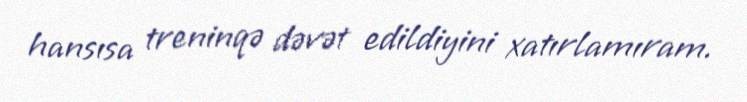
hansısa treninqə dəvət edildiyini xatırlamıram.